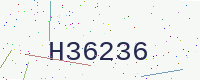
Text: H36236